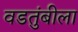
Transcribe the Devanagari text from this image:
वडतुंबीला